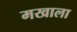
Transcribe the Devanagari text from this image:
मखाला